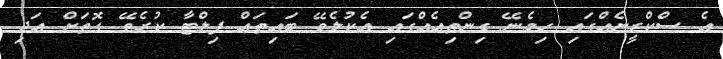
އެ ސްކްރީނެއްގައި ހިމެނޭ ގިންތިއެއްގައި އެކުލެވޭ ބައިތައް ފިލްޓާ ކުރެވޭ ގޮތަށް އަދި